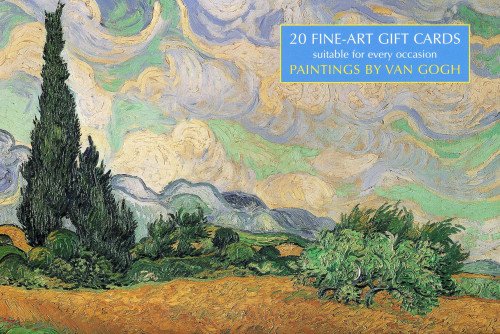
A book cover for Card Box of 20 Notecards and Envelopes: Paintings By Van Gogh: A delightful pack of 20 high-quality fine-art gift cards and decorative envelopes; Peony Press; Crafts, Hobbies & Home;